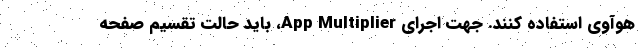
هوآوی استفاده کنند. جهت اجرای App Multiplier، باید حالت تقسیم صفحه